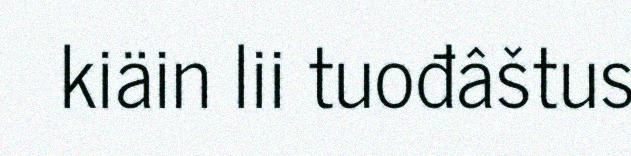
kiäin lii tuođâštus